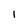
Character: I